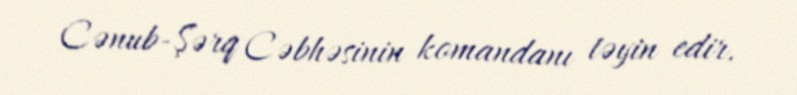
Cənub-Şərq Cəbhəsinin komandanı təyin edir.